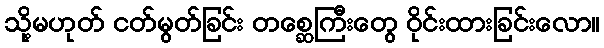
သို့မဟုတ် ငတ်မွတ်ခြင်း တစ္ဆေကြီးတွေ ဝိုင်းထားခြင်းလော။